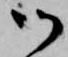
御